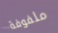
ملفوفة